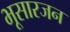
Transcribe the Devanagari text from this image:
भूसारजन